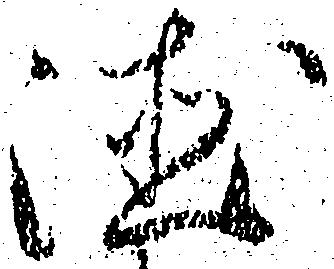
徳